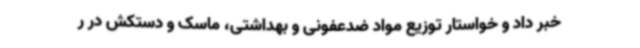
خبر داد و خواستار توزیع مواد ضدعفونی و بهداشتی، ماسک و دستکش در ر